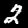
Digit: 2